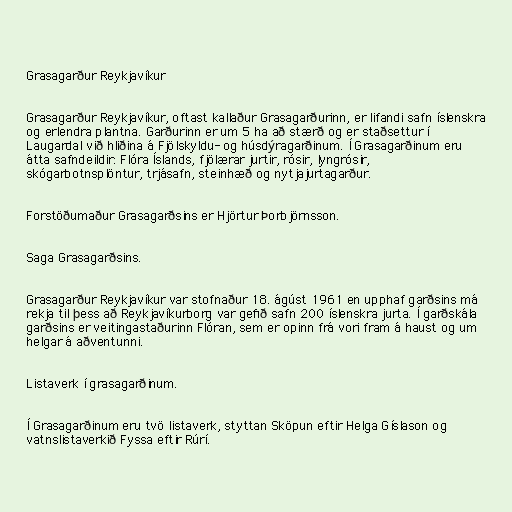
Grasagarður Reykjavíkur

Grasagarður Reykjavíkur, oftast kallaður Grasagarðurinn, er lifandi safn íslenskra
og erlendra plantna. Garðurinn er um 5 ha að stærð og er staðsettur í
Laugardal við hliðina á Fjölskyldu- og húsdýragarðinum. Í Grasagarðinum eru
átta safndeildir: Flóra Íslands, fjölærar jurtir, rósir, lyngrósir,
skógarbotnsplöntur, trjásafn, steinhæð og nytjajurtagarður.

Forstöðumaður Grasagarðsins er Hjörtur Þorbjörnsson.

Saga Grasagarðsins.

Grasagarður Reykjavíkur var stofnaður 18. ágúst 1961 en upphaf garðsins má
rekja til þess að Reykjavíkurborg var gefið safn 200 íslenskra jurta. Í garðskála
garðsins er veitingastaðurinn Flóran, sem er opinn frá vori fram á haust og um
helgar á aðventunni.

Listaverk í grasagarðinum.

Í Grasagarðinum eru tvö listaverk, styttan Sköpun eftir Helga Gíslason og
vatnslistaverkið Fyssa eftir Rúrí.